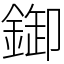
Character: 𨨶